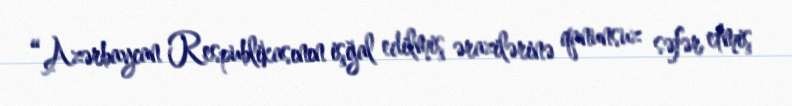
“Azərbaycan Respublikasının işğal edilmiş ərazilərinə qanunsuz səfər etmiş